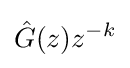
{\hat {G}}(z)z^{-k}